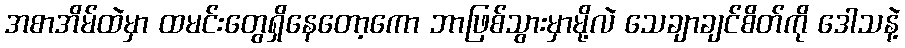
အစာအိမ်ထဲမှာ ထမင်းတွေရှိနေတော့ကော ဘာဖြစ်သွားမှာမို့လဲ သေချာချင်စိတ်ကို ဒေါသနဲ့